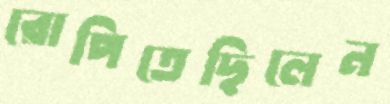
রোপিতেছিলেন